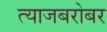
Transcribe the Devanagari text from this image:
त्याजबरोबर